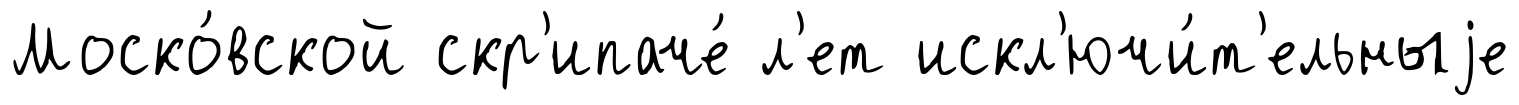
Моско́вской скр'ипаче́ л'ет искл'ючи́т'ельныjе